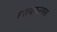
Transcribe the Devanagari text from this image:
लायकरगस